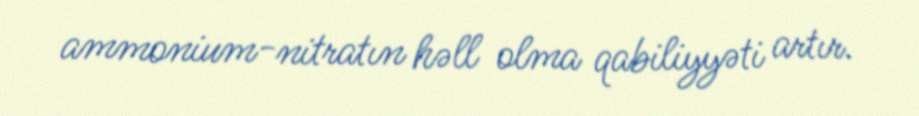
ammonium-nitratın həll olma qabiliyyəti artır.